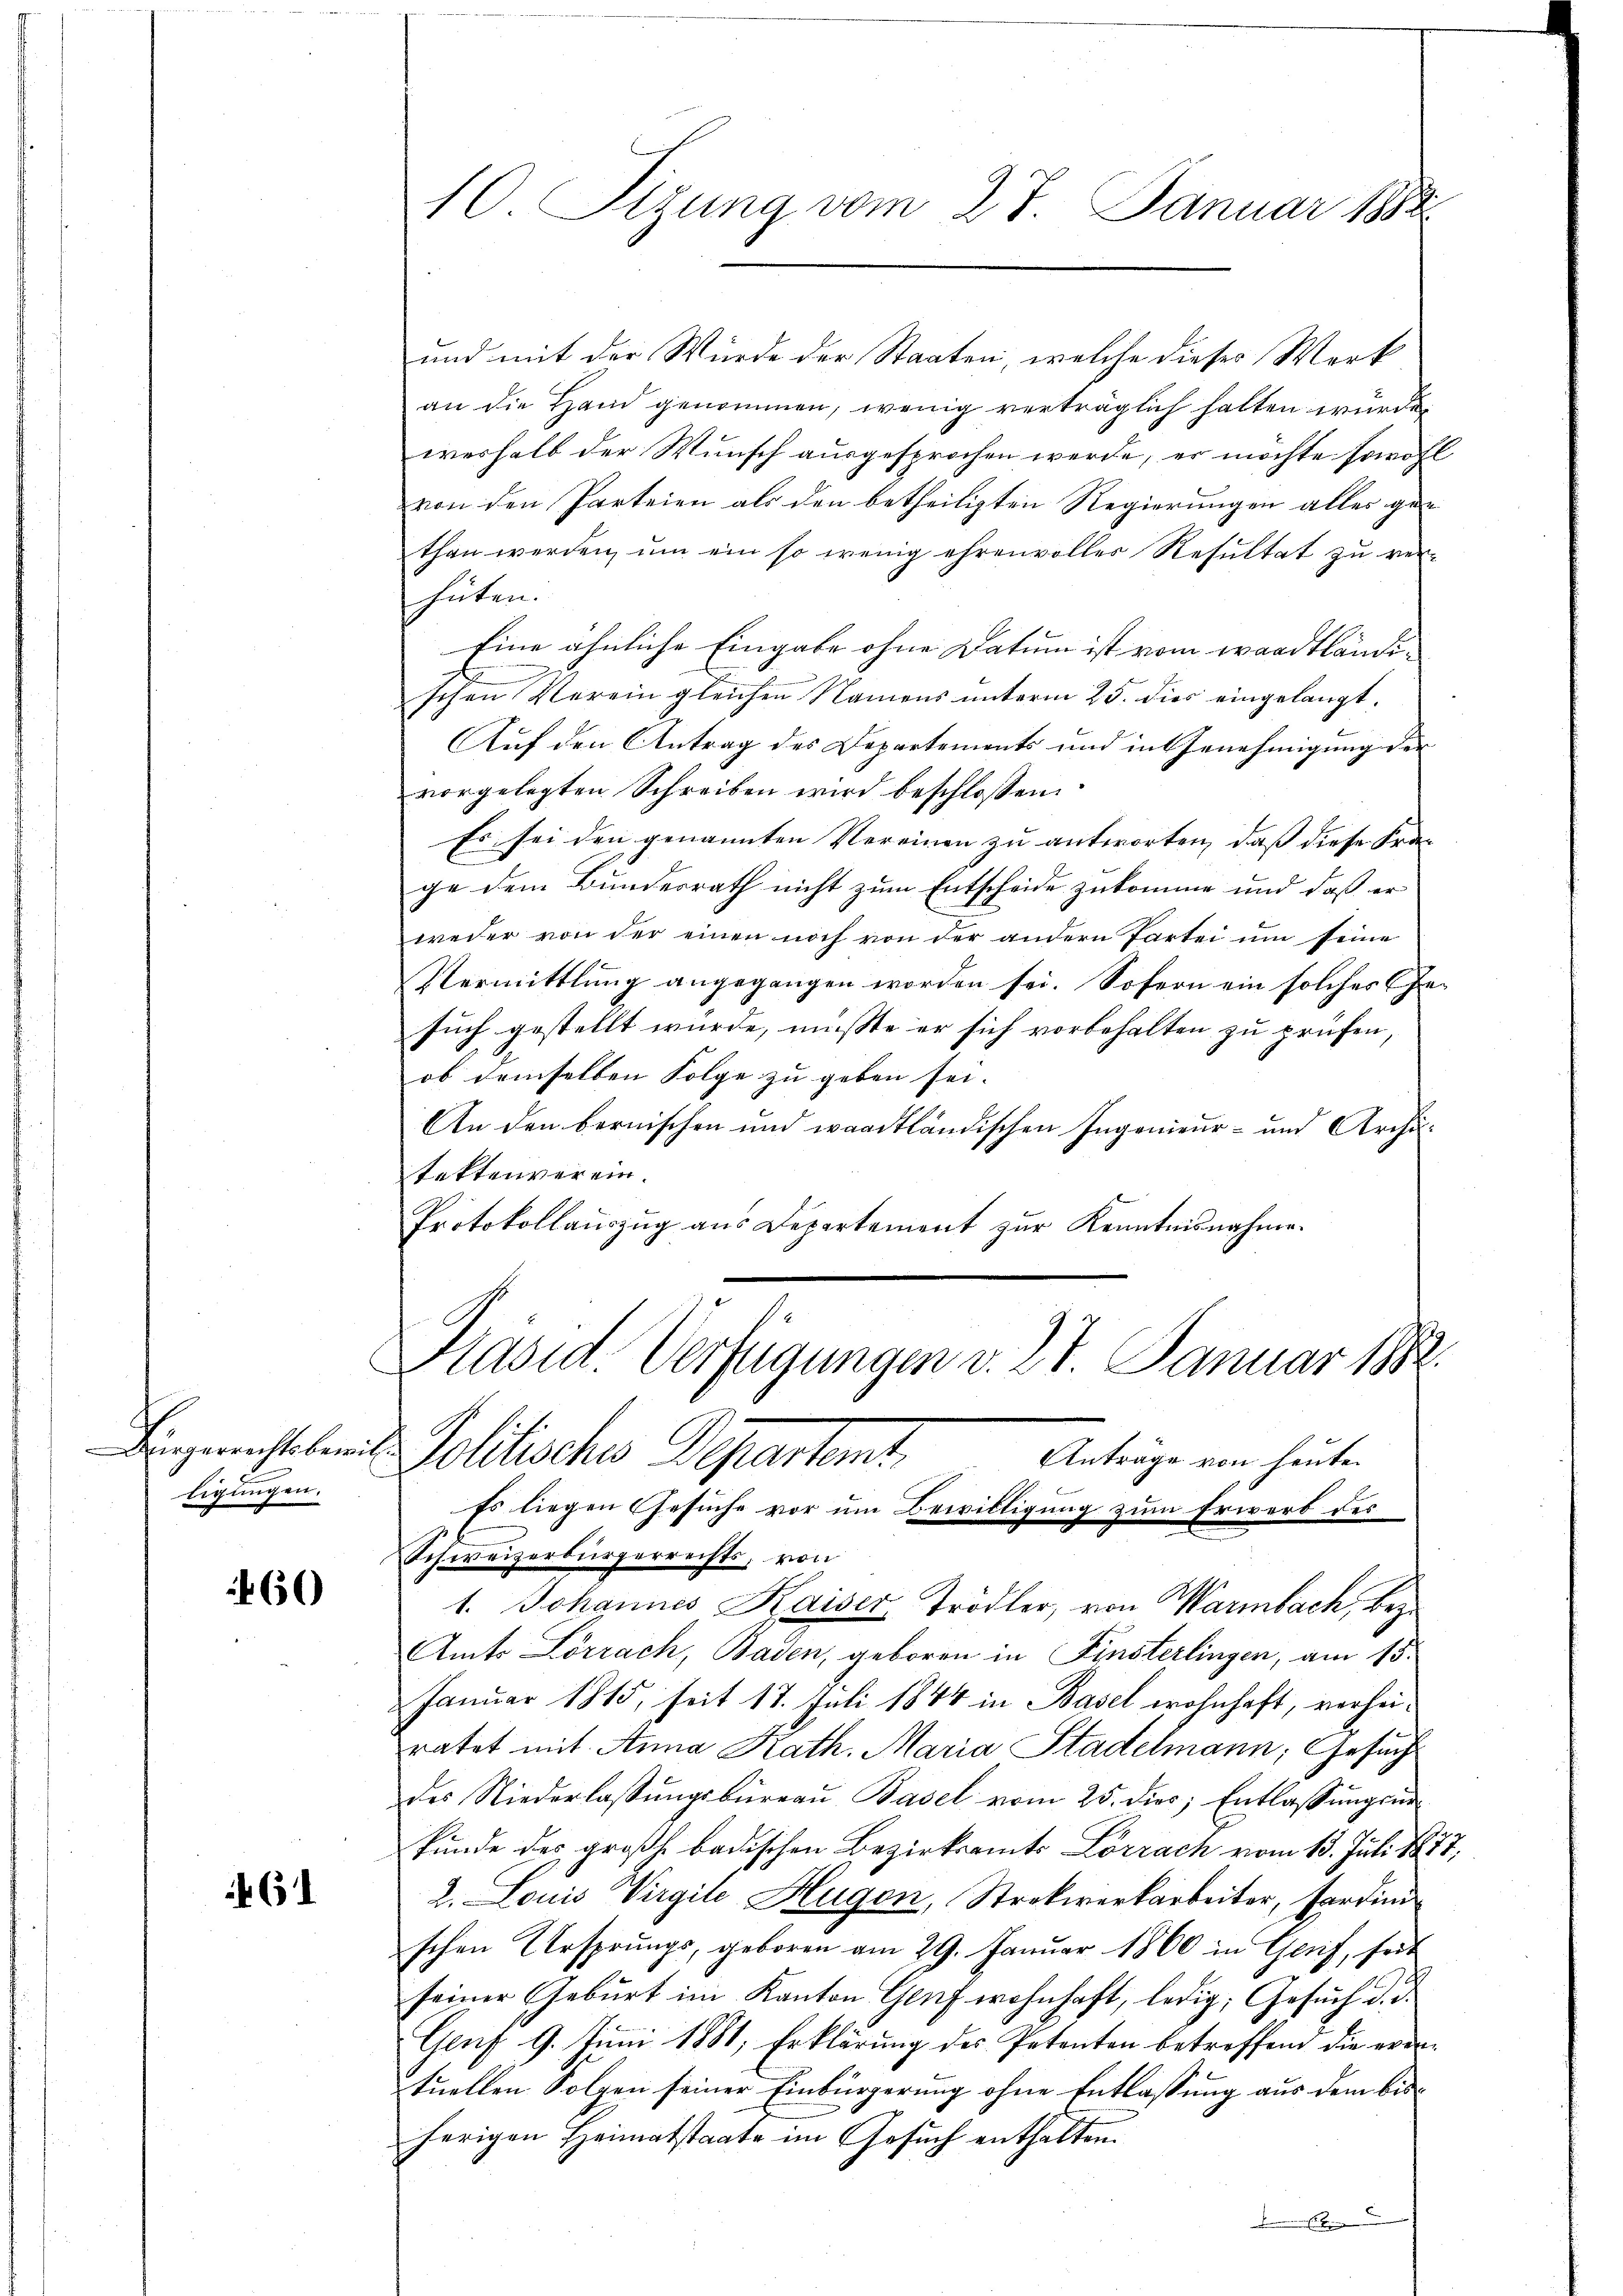
Bürgerrichtsbeitligungen.

60

61

10 Sizung vom 27. Januar 1888

und mit der Würde der Staaten, welche dieses Werk
an die Hand genommen, wenig verträglich halten würde,
werhalb der Wunsch ausgesprochen werde, er möchte sowohl
von den Parteien als den betheiligten Regierungen alles gethan werden, um ein so wenig ehrenvolles Resultat zu ver-
hüten.
Eine ähnliche Eingabe ohne Datum ist vom waadtländischen Verein gleichen Namens unterm 25. dies eingelangt.
Auf den Antrag des Departements und in Genehmigung der
vorgelegten Schreiben wird beschloßen:
Es sei den genannten Vereinen zu antworten, dass diese Fra-
ge dem Bunderrath nicht zum Entscheide zukomme und daß er
weder von der einen noch von der andern Partei um seine
Vermittlung angegangen worden sei. Sofern ein solches Ge-
such gestellt würde, mußte er sich vorbehalten zu prüfen,
ob demselben Folge zu geben sei. |
An den bernischen und waadtländischen Ingenieur- und Archi-
fektenverein.
Protokollauszug aus Departement zur Kenntnisnahme

Präsid. Verfügungen v. 27. Januar 1882.
Solitische Departent. Anträge von heuten

Es liegen Gesuche vor um Bewilligung zum Erwerb der
Schweizerbürgerrechts, von
1. Johannes Kaiser Trödler, von Warmbach, bez
Amts Lörrach, Baden, geboren in Finsterlingen, am 15.
Januar 1815, seit 17. Juli 1844 in Basel wohnhaft, verheiratet mit Anna Kath. Maria Stadelmann, Gesucht
des Niederlassŭngsbüreaŭ Basel vom 25. dies, Entlassŭngsŭn
kunde des großh. badischen Bezirksamts Lörrach vom 13. Juli 1877,
2. Louis Virgile Hugen, Strekwerkarbeiter, Pardini
schen Ursprungs, geboren am 29. Januar 1860 in Gerif, seit
seiner Geburt im Kanton Genf wohnhaft, ledig, Gesuch d. d.
Genf 9. Juni 1881, Erklärung des Petenten betreffend die eventuellen Folgen seiner Einbürgerung ohne Entlassung aus dem bisherigen Heimatstaate im Gesuch enthalten.
6